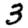
Digit: 3